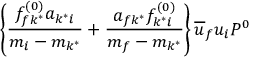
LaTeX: \left\{ \frac { f _ { f k ^ { * } } ^ { ( 0 ) } a _ { k ^ { * } i } } { m _ { i } - m _ { k ^ { * } } } + \frac { a _ { f k ^ { * } } f _ { k ^ { * } i } ^ { ( 0 ) } } { m _ { f } - m _ { k ^ { * } } } \right\} \overline { { { u } } } _ { f } u _ { i } P ^ { 0 }